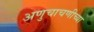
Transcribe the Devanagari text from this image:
अणुचाचणीच्या